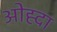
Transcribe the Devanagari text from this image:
ओह्दा